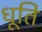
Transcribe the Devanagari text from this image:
धूति